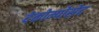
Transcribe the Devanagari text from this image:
देकोम्पोसेद